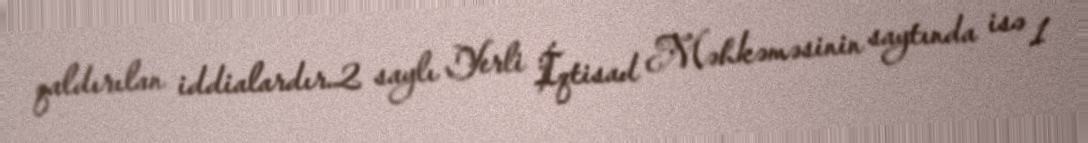
qaldırılan iddialardır.2 saylı Yerli İqtisad Məhkəməsinin saytında isə 1